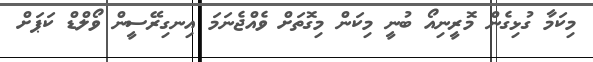
މިކަމާ ގުޅިގެން މޮރީނިއޯ ބުނީ މިކަން މިގޮތަށް ވެއްޖެނަމަ އިނގިރޭސީން ވޯލްޑް ކަޕަށް